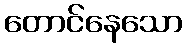
တောင်နေသော